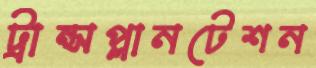
ট্রান্সপ্লানটেশন